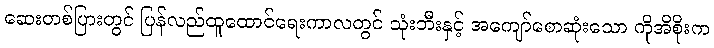
ဆေးတစ်ပြားတွင် ပြန်လည်ထူထောင်ရေးကာလတွင် သုံးဘီးနှင့် အကျော်စောဆုံးသော ကိုအိစိုးက